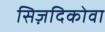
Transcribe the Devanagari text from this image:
सिज़दिकोवा